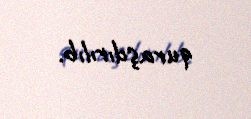
quraşdırılıb.